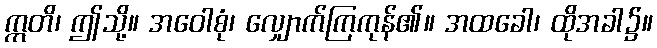
ဣတိ၊ ဤသို့။ အဝေါစုံ၊ လျှောက်ကြကုန်၏။ အထခေါ၊ ထိုအခါ၌။